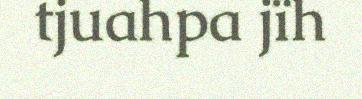
tjuahpa jïh